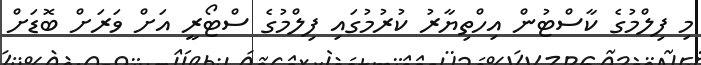
މި ފިލްމުގެ ކާސްޓުން އިހްތިޔާރު ކުރުމުގައި ފިލްމުގެ ސްޓޯރީ އަށް ވަރަށް ބޮޑަށް